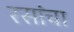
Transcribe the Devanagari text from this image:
रसांचा